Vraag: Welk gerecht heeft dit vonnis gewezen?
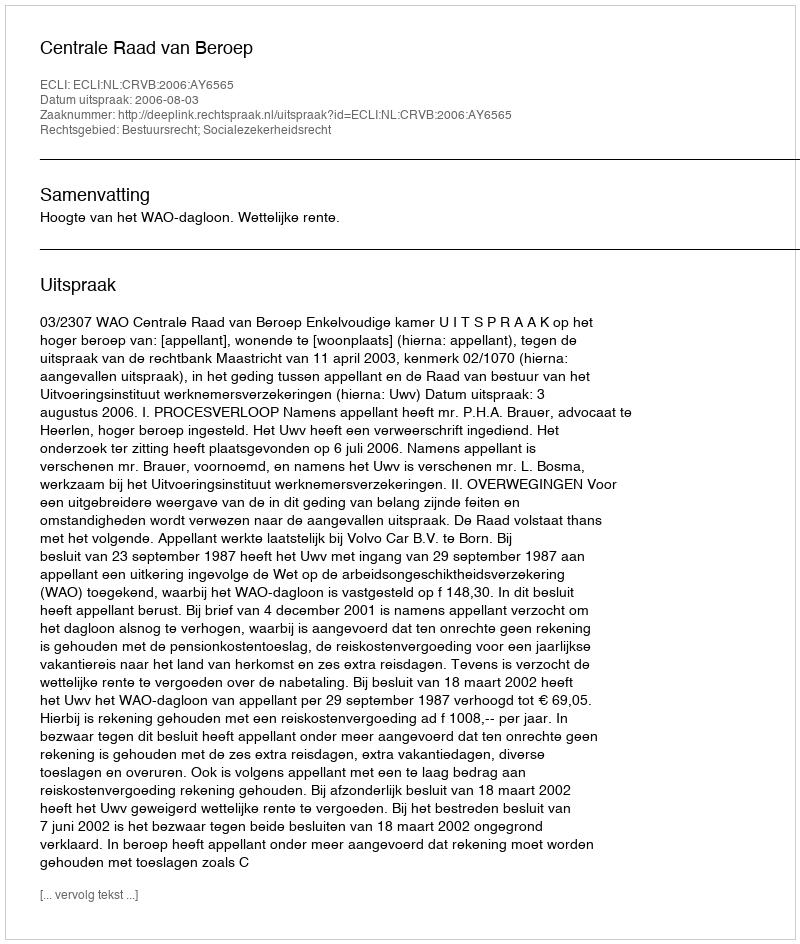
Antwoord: Centrale Raad van Beroep